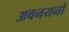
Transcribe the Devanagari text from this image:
अवनयनों